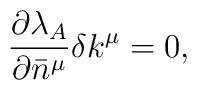
{}\frac{\partial \lambda_A}{\partial \bar{n}^\mu} \delta k^\mu = 0,